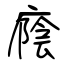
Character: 廕